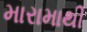
મારામાથી